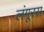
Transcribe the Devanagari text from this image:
लंगूरस